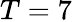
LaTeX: T=7